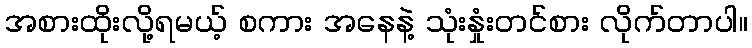
အစားထိုးလို့ရမယ့် စကား အနေနဲ့ သုံးနှုံးတင်စား လိုက်တာပါ။